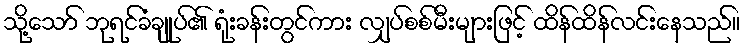
သို့သော် ဘုရင်ခံချုပ်၏ ရုံးခန်းတွင်ကား လျှပ်စစ်မီးများဖြင့် ထိန်ထိန်လင်းနေသည်။